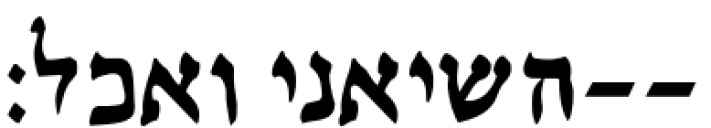
השיאני ואכל׃--